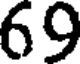
69